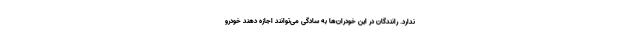
ندارد. رانندگان در این خودران‌ها به سادگی می‌توانند اجازه دهند خودرو